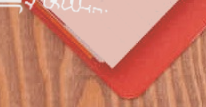
بيع وشراء المجوهرات الذهب